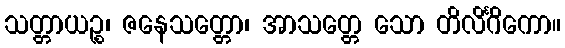
သတ္တာယဉ္စ၊ ဇနေသတ္တော၊ အာသတ္တေ သော တိလိင်္ဂိကော။